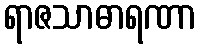
ရာဇသာဓာရဏာ